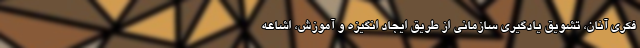
فکری آنان، تشویق یادگیری سازمانی از طریق ایجاد انگیزه و آموزش، اشاعه